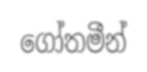
ගෝතමීන්